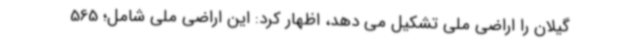
گیلان را اراضی ملی تشکیل می دهد، اظهار کرد: این اراضی ملی شامل؛ 565